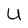
Character: U